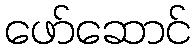
ဖော်ဆောင်